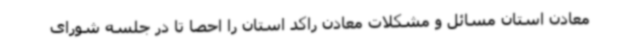
معادن استان مسائل و مشکلات معادن راکد استان را احصا تا در جلسه شورای